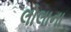
લોલાના